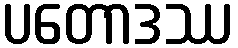
ပတောဒဿ